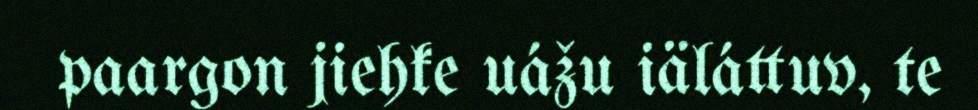
paargon jiehke uážu iäláttuv, te